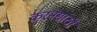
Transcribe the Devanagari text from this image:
करनेसांठी